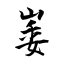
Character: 崣